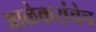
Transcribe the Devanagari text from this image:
आळेकरांचेच